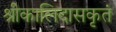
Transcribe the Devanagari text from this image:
श्रीकालिदासकृतं